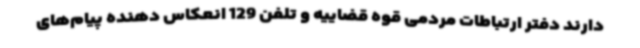
دارند دفتر ارتباطات مردمی قوه قضاییه و تلفن 129 انعکاس دهنده پیام‌های